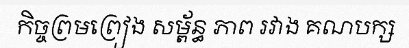
កិច្ចព្រមព្រៀង សម្ព័ន្ធ ភាព រវាង គណបក្ស